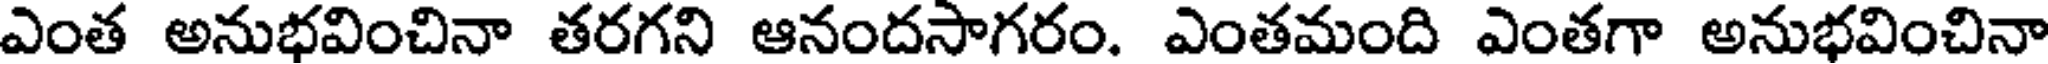
ఎంత అనుభవించినా తరగని ఆనందసాగరం. ఎంతమంది ఎంతగా అనుభవించినా